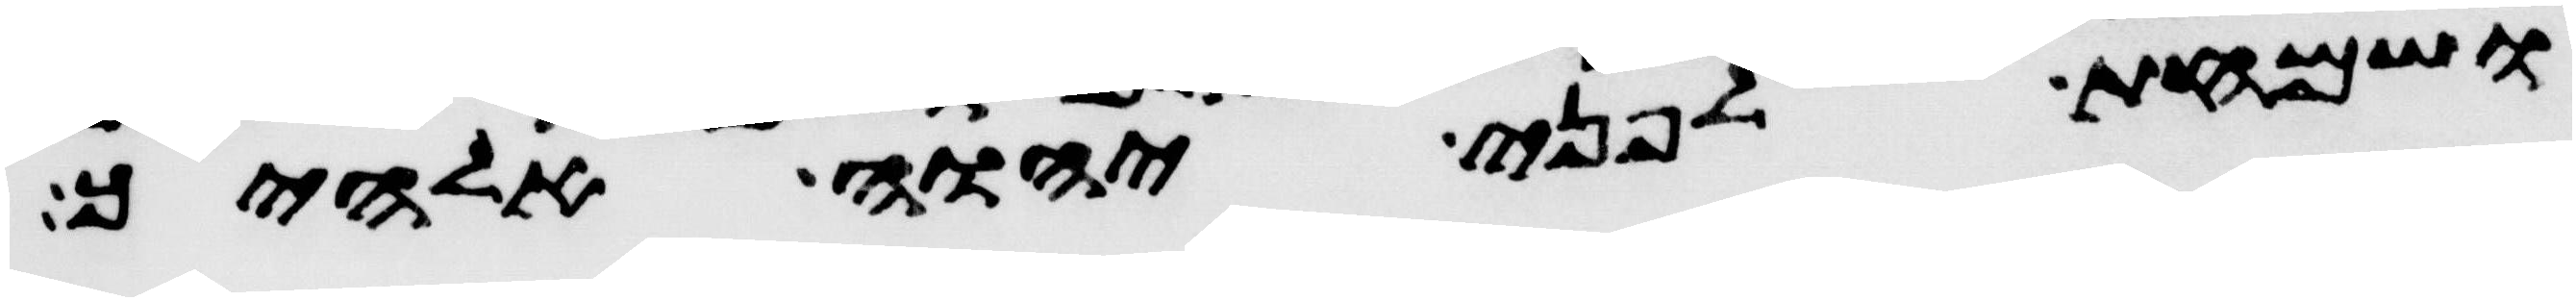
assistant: ושמחת לפני יהוה אלהיך